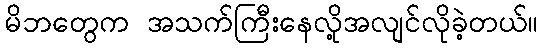
မိဘတွေက အသက်ကြီးနေလို့အလျင်လိုခဲ့တယ်။